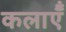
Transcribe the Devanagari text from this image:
कलाऍँ